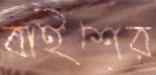
বাইশের